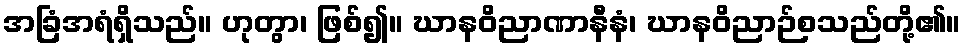
အခြံအရံရှိသည်။ ဟုတွာ၊ ဖြစ်၍။ ဃာနဝိညာဏာနီနံ၊ ဃာနဝိညာဉ်စသည်တို့၏။